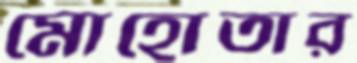
মোহোতার